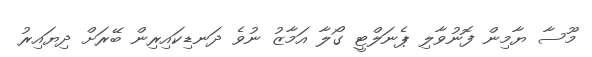
މޫސާ ޔާމިން ފޮނުވާލި ޕެނަލްޓީ ގޯލާ އަމާޒު ނުވެ ދަނޑިކައިރިން ބޭރަށް ދިޔައިރު